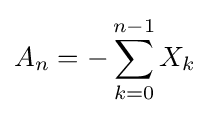
A_{n}=-\sum _{k=0}^{n-1}X_{k}